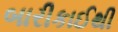
બારીકાઈથી